Indian journal of veterinary science and animal husbandry - Volume 3,
Year: 1933
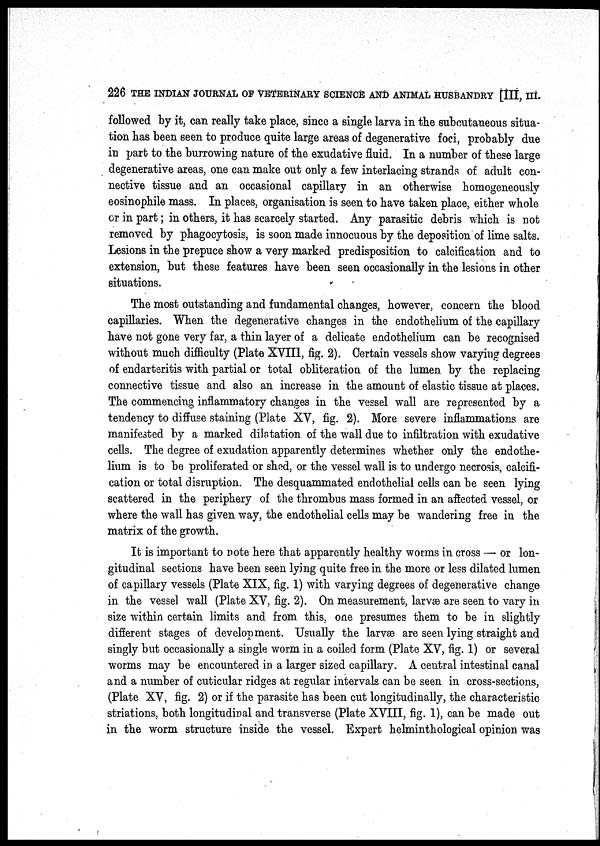
226 THE INDIAN JOURNAL OF VETERINARY SCIENCE AND ANIMAL HUSBANDRY [III, III.
followed by it, can really take place, since a single larva in the subcutaneous situa-
tion has been seen to produce quite large areas of degenerative foci, probably due
in part to the burrowing nature of the exudative fluid. In a number of these large
degenerative areas, one can make out only a few interlacing strands of adult con-
nective tissue and an occasional capillary in an otherwise homogeneously
eosinophile mass. In places, organisation is seen to have taken place, either whole
or in part; in others, it has scarcely started. Any parasitic debris which is not
removed by phagocytosis, is soon made innocuous by the deposition of lime salts.
Lesions in the prepuce show a very marked predisposition to calcification and to
extension, but these features have been seen occasionally in the lesions in other
situations.
The most outstanding and fundamental changes, however, concern the blood
capillaries. When the degenerative changes in the endothelium of the capillary
have not gone very far, a thin layer of a delicate endothelium can be recognised
without much difficulty (Plate XVIII, fig. 2). Certain vessels show varying degrees
of endarteritis with partial or total obliteration of the lumen by the replacing
connective tissue and also an increase in the amount of elastic tissue at places.
The commencing inflammatory changes in the vessel wall are represented by a
tendency to diffuse staining (Plate XV, fig. 2). More severe inflammations are
manifested by a marked dilatation of the wall due to infiltration with exudative
cells. The degree of exudation apparently determines whether only the endothe-
lium is to be proliferated or shed, or the vessel wall is to undergo necrosis, calcifi-
cation or total disruption. The desquammated endothelial cells can be seen lying
scattered in the periphery of the thrombus mass formed in an affected vessel, or
where the wall has given way, the endothelial cells may be wandering free in the
matrix of the growth.
It is important to note here that apparently healthy worms in cross — or lon-
gitudinal sections have been seen lying quite free in the more or less dilated lumen
of capillary vessels (Plate XIX, fig. 1) with varying degrees of degenerative change
in the vessel wall (Plate XV, fig. 2). On measurement, larvæ are seen to vary in
size within certain limits and from this, one presumes them to be in slightly
different stages of development. Usually the larvæ are seen lying straight and
singly but occasionally a single worm in a coiled form (Plate XV, fig. 1) or several
worms may be encountered in a larger sized capillary. A central intestinal canal
and a number of cuticular ridges at regular intervals can be seen in cross-sections,
(Plate XV, fig. 2) or if the parasite has been cut longitudinally, the characteristic
striations, both longitudinal and transverse (Plate XVIII, fig. 1), can be made out
in the worm structure inside the vessel. Expert helminthological opinion was